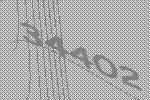
34402